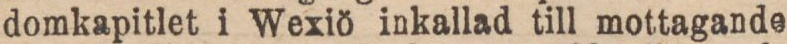
domkapitlet i Wexiö inkallad till mottagande